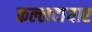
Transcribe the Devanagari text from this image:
कल्लदायार